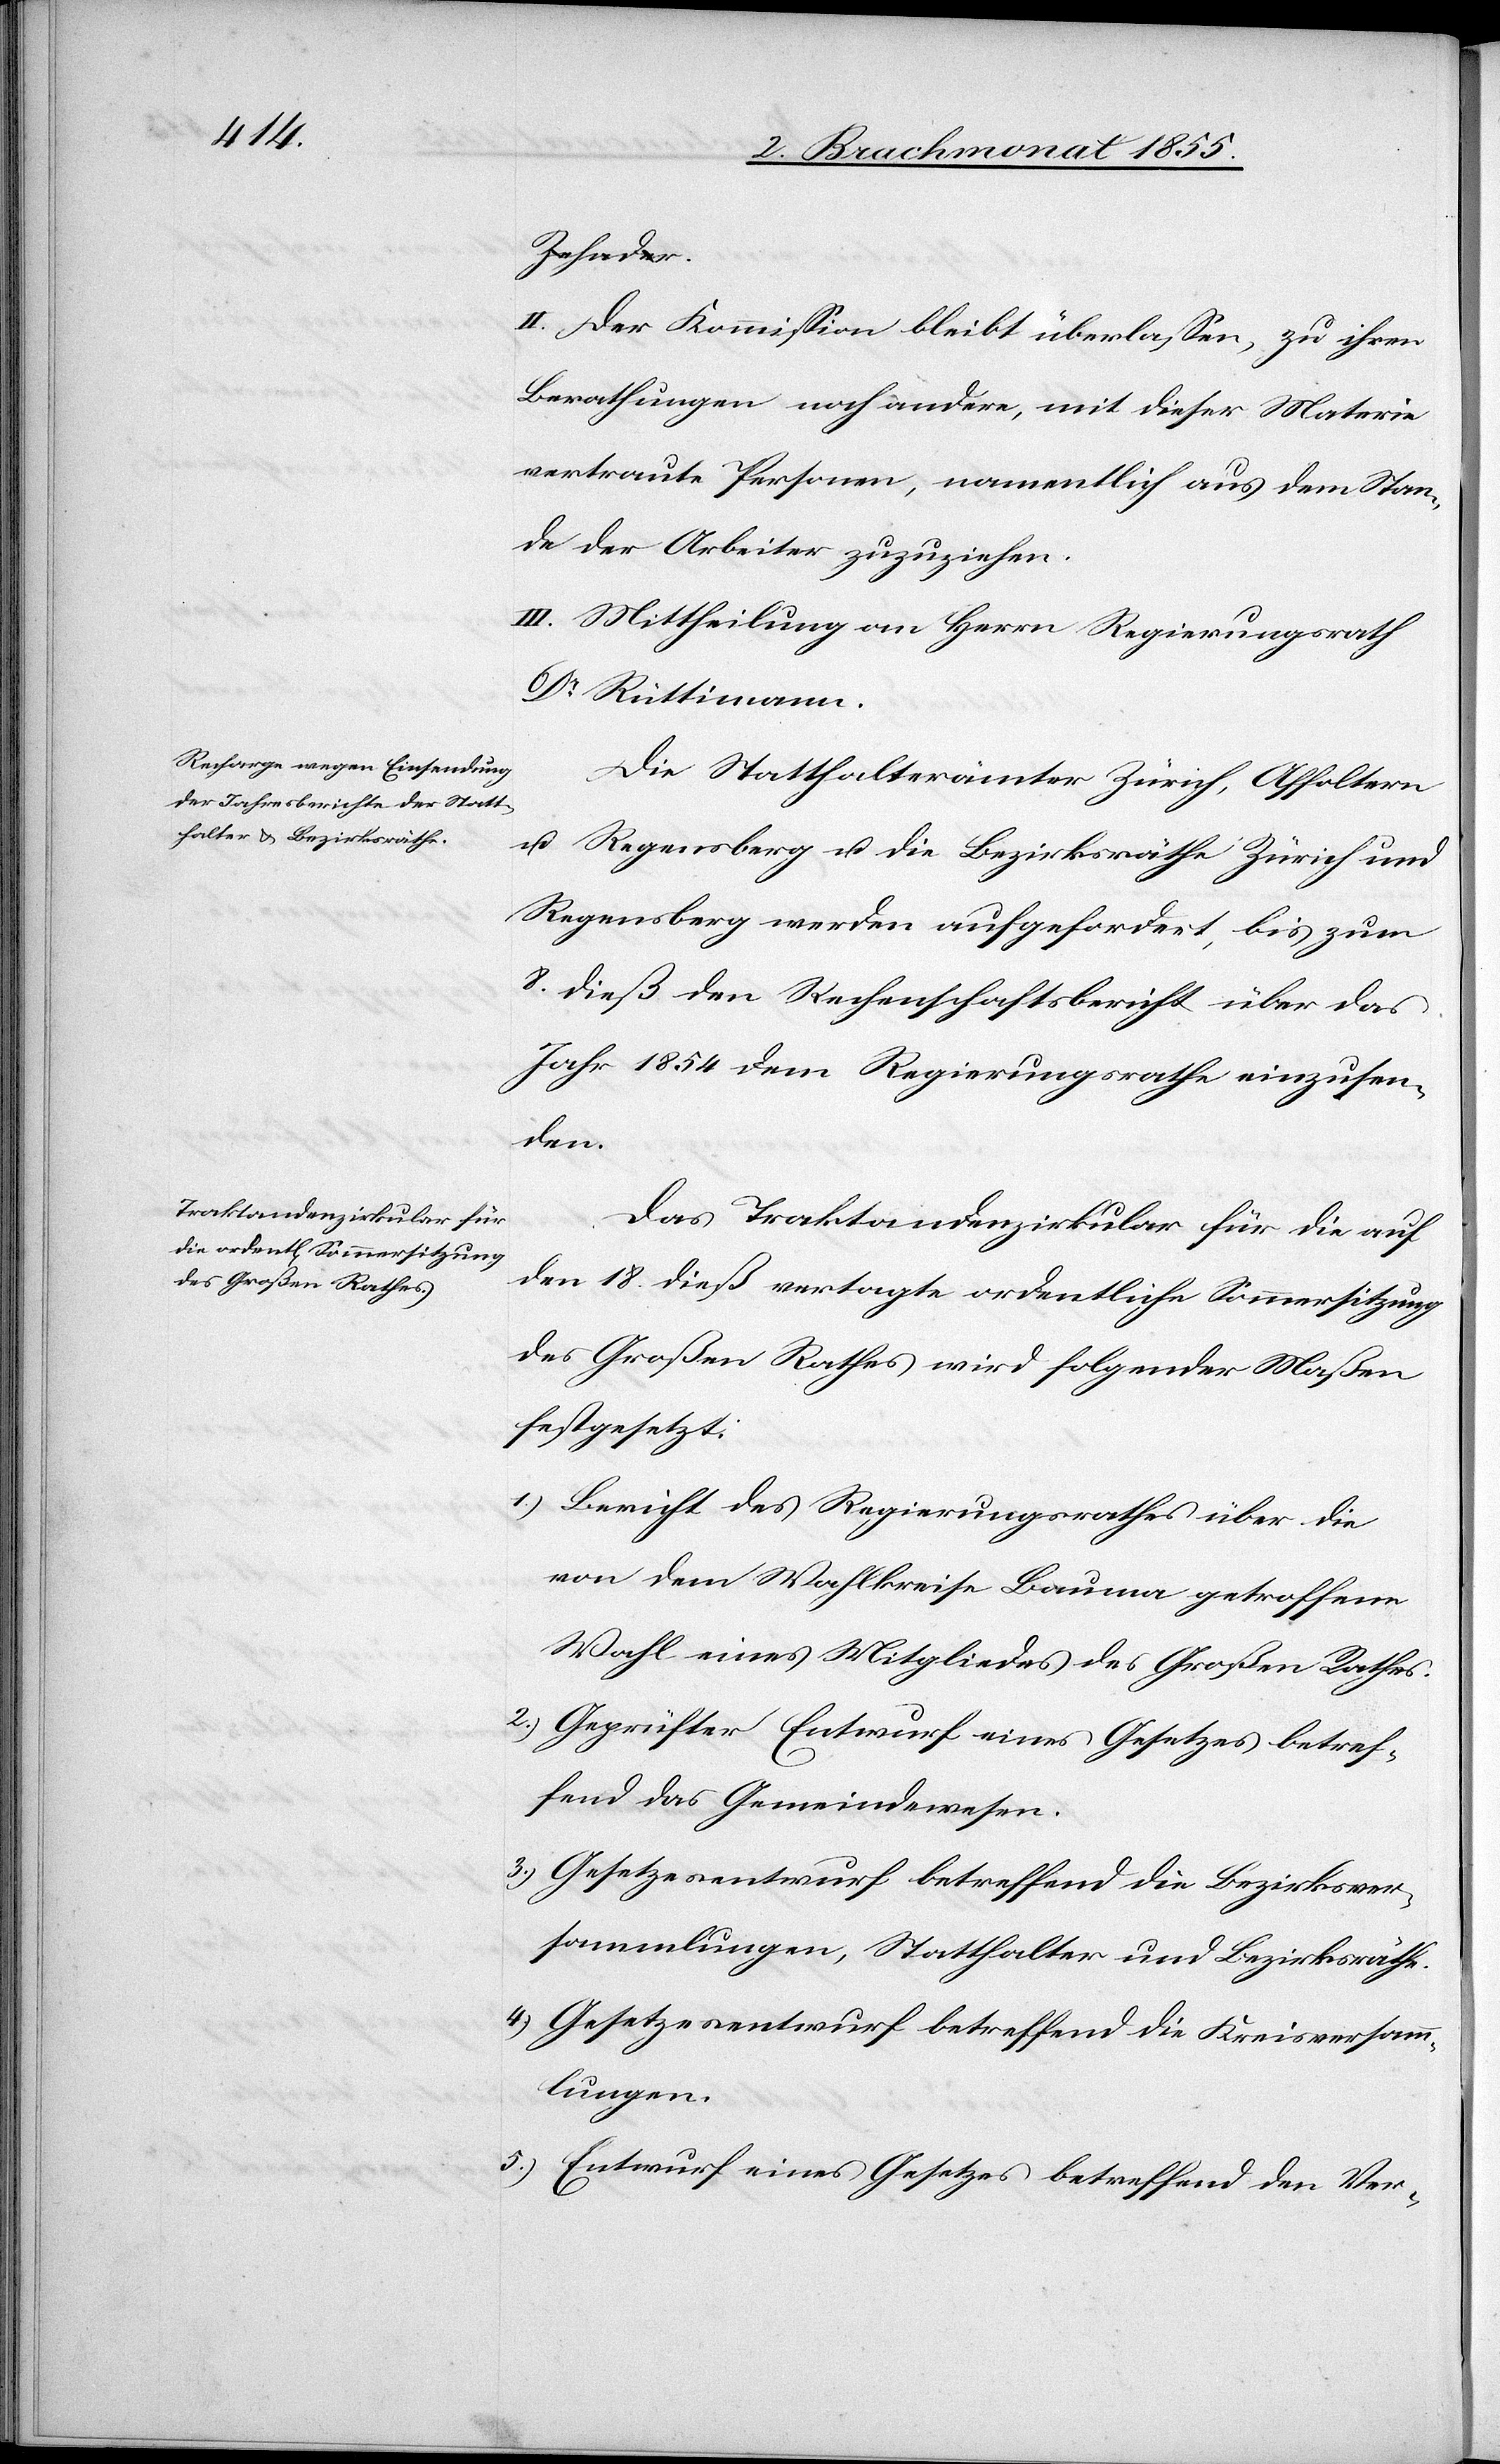
Zehnder-a.
II. Der Kommission bleibt überlassen, zu ihren
Berathungen noch andere, mit dieser Materie
vertraute Personen, namentlich aus dem Stan¬
de der Arbeiter zuzuziehen.
III. Mittheilung an Herrn Regierungsrath
Dr Rüttimann.
Die Statthalterämter Zürich, Affoltern
u. Regensberg u. die Bezirksräthe Zürich und
Regensberg werden aufgefordert, bis zum
8. dieß den Rechenschaftsbericht über das
Jahr 1854 dem Regierungsrathe einzusen¬
den.
Das Traktandenzirkular für die auf
den 18. dieß vertagte ordentliche Sommersitzung
des Großen Rathes wird folgender Maßen
festgesetzt:
Bericht des Regierungsrathes über die
von dem Wahlkreise Bauma getroffene
Wahl eines Mitgliedes des Großen Rathes.
Geprüfter Entwurf eines Gesetzes betref¬
fend das Gemeindewesen.
Gesetzesentwurf betreffend die Bezirksver¬
sammlungen, Statthalter und Bezirksräthe.
Gesetzesentwurf betreffend die Kreisversamm¬
lungen.
Entwurf eines Gesetzes betreffend den Ver-